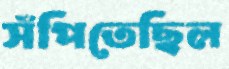
সঁপিতেছিল